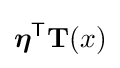
{\boldsymbol {\eta }}^{\mathsf {T}}\mathbf {T} (x)